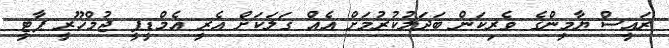
ރައީސް ޔާމީންގެ ވެރިކަން ބަދަލުކުރުމަށް އެއް ގަލަކަށް އެރީ އެމްޑީޕީ ޖުމްހޫރީ ޕާޓީ